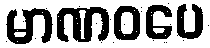
မာဏဝပေ